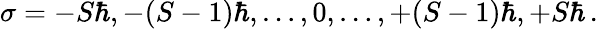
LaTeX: \sigma=-S\hbar,-(S-1)\hbar,\dots,0,\dots,+(S-1)\hbar,+S\hbar\, .